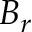
B _ { r }